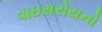
વાઇસરોયનો